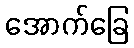
အောက်ခြေ